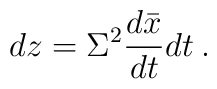
dz=\Sigma^2\frac{d\bar x}{dt}dt \:.